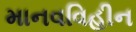
માનવવિહીન